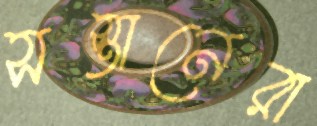
সস্তানেরা